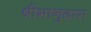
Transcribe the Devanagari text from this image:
श्रीभानुदास